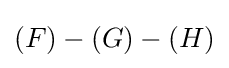
(F)-(G)-(H)